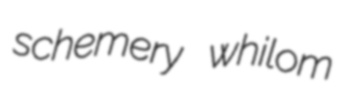
schemery whilom